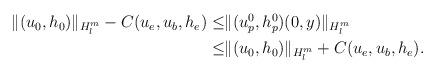
LaTeX: \begin{align*}\begin{aligned}\Vert (u_0,h_0)\Vert_{H^m_l} -C(u_e,u_b,h_e)\leq &\Vert (u^0_p,h^0_p)(0,y)\Vert_{H^m_l} \\ \leq & \Vert (u_0,h_0)\Vert_{H^m_l} +C(u_e,u_b,h_e).\end{aligned}\end{align*}